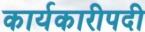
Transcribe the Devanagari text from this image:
कार्यकारीपदी